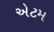
એટમ